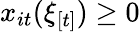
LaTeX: x_{it}(\xi_{[t]})\geq 0